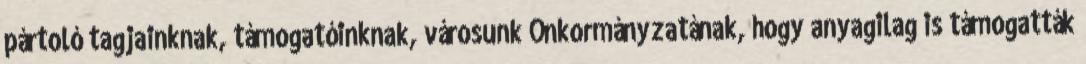
pártoló tagjainknak, támogatóinknak, városunk Önkormányzatának, hogy anyagilag is támogatták